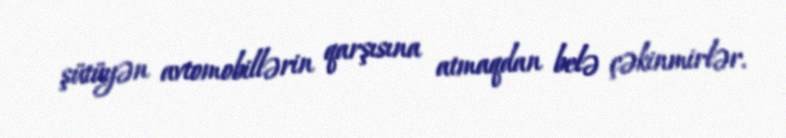
şütüyən avtomobillərin qarşısına atmaqdan belə çəkinmirlər.